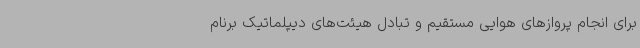
برای انجام پروازهای هوایی مستقیم و تبادل هیئت‌های دیپلماتیک برنام